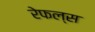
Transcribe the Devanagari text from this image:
रेफल्स